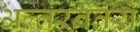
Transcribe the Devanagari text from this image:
अल्तरनेतरों